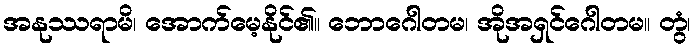
အနုဿရာမိ၊ အောက်မေ့နိုင်၏။ ဘောဂေါတမ၊ အိုအရှင်ဂေါတမ။ တွံ၊